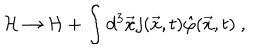
LaTeX: { \cal H } \rightarrow { \cal H } + \int d ^ { 3 } { \vec { x } } j ( { \vec { x } } , t ) { \hat { \varphi } } { ( \vec { x } } , t ) \ ,